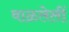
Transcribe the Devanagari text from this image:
वाळलेलीं